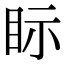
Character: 眎